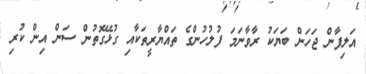
އަލިފާން ޖަހަން ބަޔަކު ރާވާނަމަ ފުލުހުންގެ ތައްޔާރީތަކާއި ގުޅޭގޮތުން ސަން އިން ކުރި